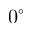
0 ^ { \circ }